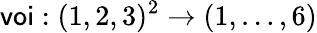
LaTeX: \textsf{voi}:(1,2,3)^{2}\to(1,\ldots,6)